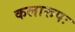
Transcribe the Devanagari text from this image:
कलारूपः